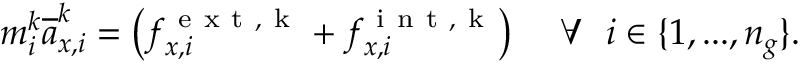
\quad m _ { i } ^ { k } \overline { { a } } _ { x , i } ^ { k } = \big ( f _ { x , i } ^ { \mathrm { ~ e ~ x ~ t ~ , ~ k ~ } } + f _ { x , i } ^ { \mathrm { ~ i ~ n ~ t ~ , ~ k ~ } } \big ) \mathrm { ~ \ \ \ } \forall \mathrm { ~ \ } i \in \{ 1 , . . . , n _ { g } \} .